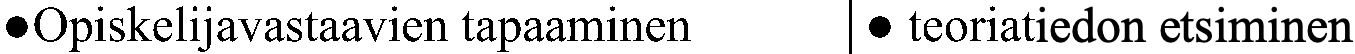
●Opiskelijavastaavien tapaaminen ● teoriatiedon etsiminen